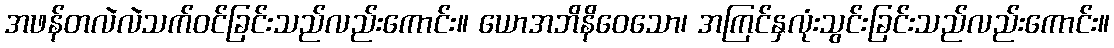
အဖန်တလဲလဲသက်ဝင်ခြင်းသည်လည်းကောင်း။ ယောအဘိနိဝေသော၊ အကြင်နှလုံးသွင်းခြင်းသည်လည်းကောင်း။